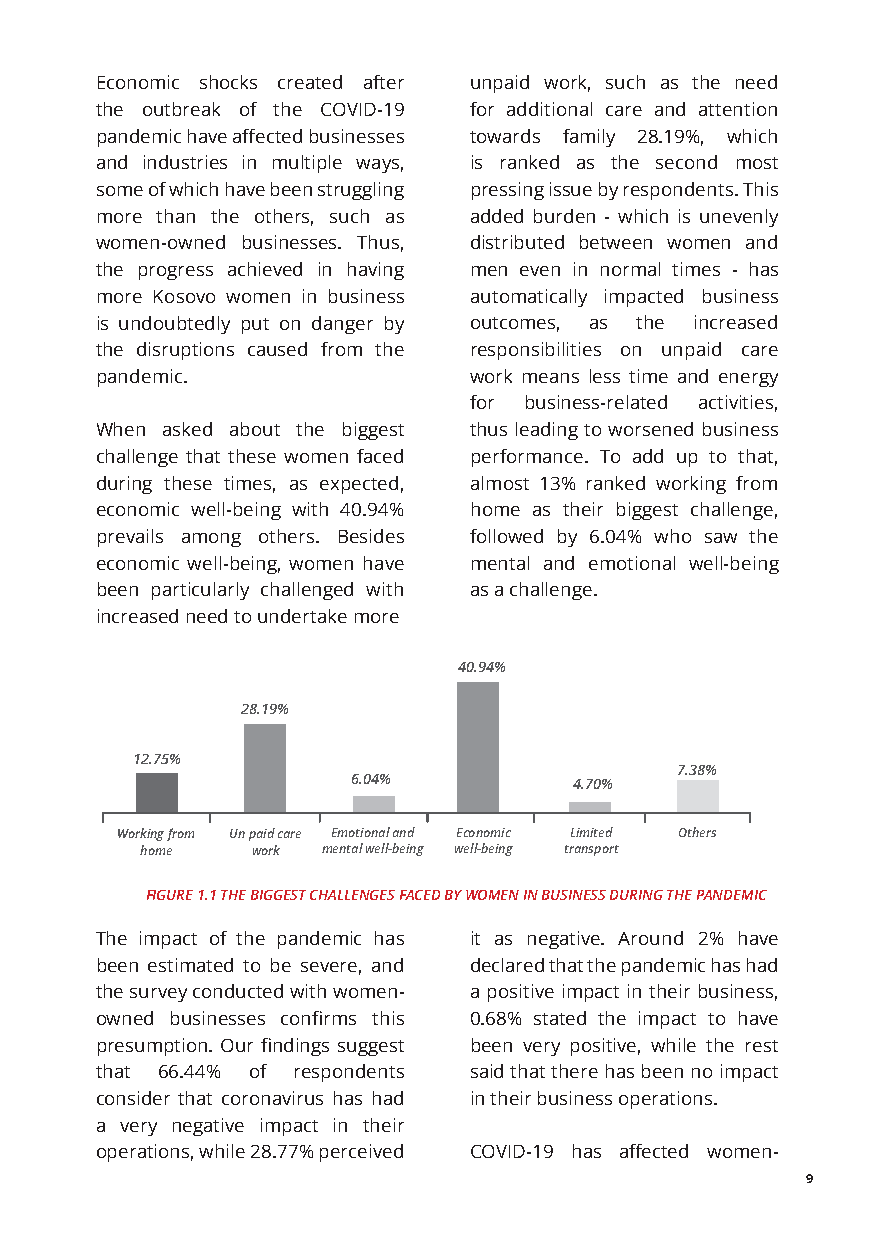
Economic shocks created after unpaid work, such as the need
 the outbreak of the COVID-19 for additional care and attention
 pandemic have affected businesses towards family 28.19%, which
 and industries in multiple ways, is ranked as the second most
 some of which have been struggling pressing issue by respondents. This
 more than the others, such as added burden - which is unevenly
 women-owned businesses. Thus, distributed between women and
 the progress achieved in having men even in normal times - has
 more Kosovo women in business automatically impacted business
 is undoubtedly put on danger by outcomes, as the increased
 the disruptions caused from the responsibilities on unpaid care
 pandemic.                work means less time and energy
 for business-related activities,
 When asked about the biggest thus leading to worsened business
 challenge that these women faced performance. To add up to that,
 during these times, as expected, almost 13% ranked working from
 economic well-being with 40.94% home as their biggest challenge,
 prevails among others. Besides followed by 6.04% who saw the
 economic well-being, women have mental and emotional well-being
 been particularly challenged with as a challenge.
 increased need to undertake more
 40.94%
 28.19%
 12.75%
 7.38%
 6.04%          4.70%
 Working from Un paid care Emotional and Economic Limited Others
 home    work mental well-being well-being transport
 FIGURE 1.1 THE BIGGEST CHALLENGES FACED BY WOMEN IN BUSINESS DURING THE PANDEMIC
 The impact of the pandemic has it as negative. Around 2% have
 been estimated to be severe, and declared that the pandemic has had
 the survey conducted with women- a positive impact in their business,
 owned businesses confirms this 0.68% stated the impact to have
 presumption. Our findings suggest been very positive, while the rest
 that 66.44% of respondents said that there has been no impact
 consider that coronavirus has had in their business operations.
 a very negative impact in their
 operations, while 28.77% perceived COVID-19 has affected women-
 9